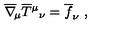
\overline { \nabla } _ { \! \mu } \overline { T } { ^ \mu } { _ \nu } = \overline { f } _ { \nu } \ ,